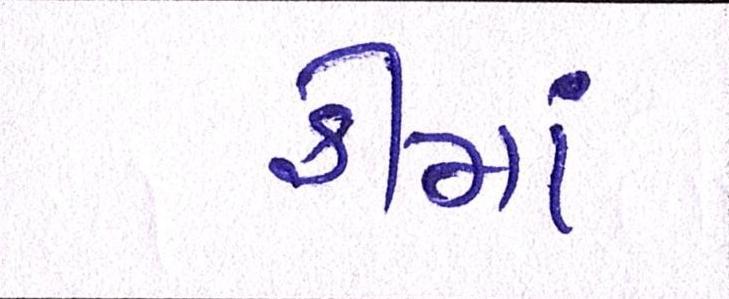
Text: ફીમાં